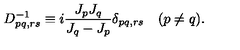
D _ { p q , r s } ^ { - 1 } \equiv i \frac { J _ { p } J _ { q } } { J _ { q } - J _ { p } } \delta _ { p q , r s } \quad ( p \neq q ) .